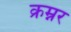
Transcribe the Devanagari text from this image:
क्रम्नर